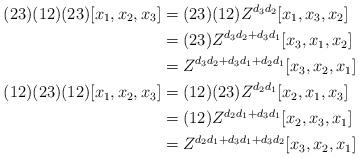
LaTeX: \begin{align*}(23)(12)(23)[x_1,x_2,x_3] & =(23)(12) Z^{d_3 d_2} [x_1,x_3,x_2] \\& = (23) Z^{d_3 d_2 + d_3 d_1 } [x_3,x_1,x_2] \\& = Z^{d_3 d_2 + d_3 d_1 + d_2 d_1}[x_3,x_2,x_1]\\(12)(23)(12) [x_1,x_2,x_3] & = (12)(23) Z^{d_2 d_1 } [x_2,x_1,x_3] \\& = (12) Z^{d_2 d_1 + d_3 d_1}[x_2,x_3,x_1] \\& = Z^{d_2 d_1 + d_3 d_1 + d_3 d_2}[x_3,x_2,x_1]\end{align*}